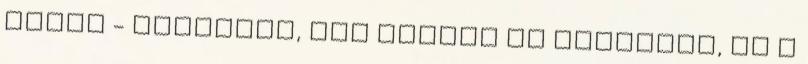
érzel - beszélek, még mindig őt figyelem, de a